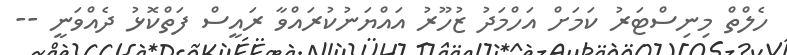
ހެލްތް މިނިސްޓަރު ކަމަށް އަހްމަދު ޒުހޫރު އައްޔަނުކުރައްވާ ރައީސް ފަތްކޮޅު ދެއްވަނީ --